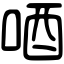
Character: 唒